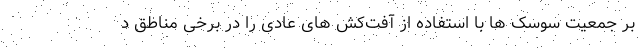
بر جمعیت سوسک ها با استفاده از آفت‌کش های عادی را در برخی مناطق د